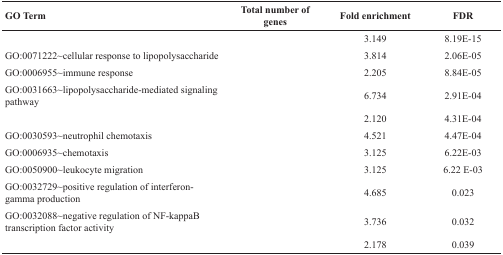
<table><thead><tr><td><b>GO Term</b></td><td><b>Total number of genes</b></td><td><b>Fold enrichment</b></td><td><b>FDR</b></td></tr></thead><tbody><tr><td>[EMPTY_CELL]</td><td>[EMPTY_CELL]</td><td>3.149</td><td>8.19E-15</td></tr><tr><td>GO:0071222∼cellular response to lipopolysaccharide</td><td>[EMPTY_CELL]</td><td>3.814</td><td>2.06E-05</td></tr><tr><td>GO:0006955∼immune response</td><td>[EMPTY_CELL]</td><td>2.205</td><td>8.84E-05</td></tr><tr><td>GO:0031663∼lipopolysaccharide-mediated signaling pathway</td><td>[EMPTY_CELL]</td><td>6.734</td><td>2.91E-04</td></tr><tr><td>[EMPTY_CELL]</td><td>[EMPTY_CELL]</td><td>2.120</td><td>4.31E-04</td></tr><tr><td>GO:0030593∼neutrophil chemotaxis</td><td>[EMPTY_CELL]</td><td>4.521</td><td>4.47E-04</td></tr><tr><td>GO:0006935∼chemotaxis</td><td>[EMPTY_CELL]</td><td>3.125</td><td>6.22E-03</td></tr><tr><td>GO:0050900∼leukocyte migration</td><td>[EMPTY_CELL]</td><td>3.125</td><td>6.22 E-03</td></tr><tr><td>GO:0032729∼positive regulation of interferon-gamma production</td><td>[EMPTY_CELL]</td><td>4.685</td><td>0.023</td></tr><tr><td>GO:0032088∼negative regulation of NF-kappaB transcription factor activity</td><td>[EMPTY_CELL]</td><td>3.736</td><td>0.032</td></tr><tr><td>[EMPTY_CELL]</td><td>[EMPTY_CELL]</td><td>2.178</td><td>0.039</td></tr></tbody></table>